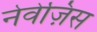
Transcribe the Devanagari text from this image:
नेवेज़िस